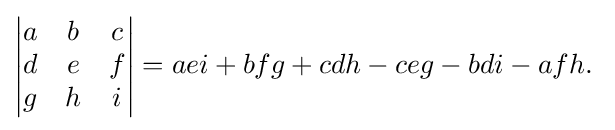
{\begin{vmatrix}a&b&c\\d&e&f\\g&h&i\end{vmatrix}}=aei+bfg+cdh-ceg-bdi-afh.\